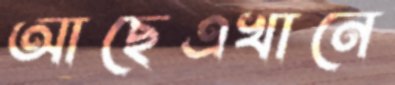
আছেএখানে